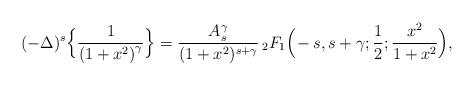
LaTeX: \begin{align*}(-\Delta)^{s}\Big\{\frac{1}{\left(1+x^2\right)^{\gamma}}\Big\}=\frac{A_s^{\gamma}} {(1+x^2)^{s+\gamma}}\, {}_{2}F_{1}\Big(\!-s, s+\gamma;\frac{1}{2};\frac{x^2}{1+x^2}\Big),\end{align*}